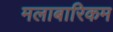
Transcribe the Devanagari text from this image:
मलाबारिकम